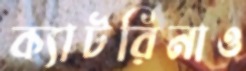
ক্যাটরিনাও